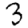
Digit: 3